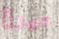
ميرزا